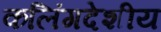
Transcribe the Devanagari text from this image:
कलिंगदेशीय